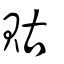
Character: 𧵑